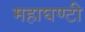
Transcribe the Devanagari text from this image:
महाघण्टी